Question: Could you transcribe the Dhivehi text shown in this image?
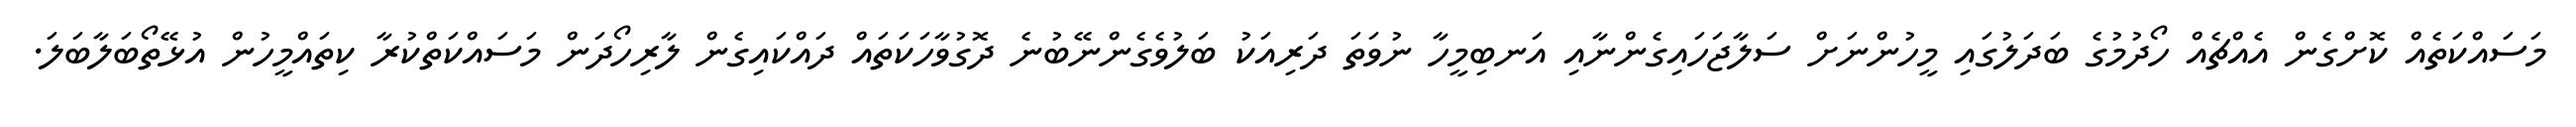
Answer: މަސައްކަތެއް ކޮށްގެން އެއްޗެއް ހޯދުމުގެ ބަދަލުގައި މީހުންނަށް ސަލާޖަހައިގެންނާއި އަނބިމީހާ ނުވަތަ ދަރިއަކު ބަލުވެގެންނޭބުނެ ދޮގުވާހަކަތައް ދައްކައިގެން ލާރިހޯދަން މަސައްކަތްކުރާ ކިތައްމީހުން އުޅޭތޯބަލާބަލަ.